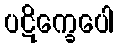
ပဋိက္ခေပေါ